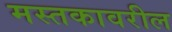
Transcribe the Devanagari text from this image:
मस्तकावरील